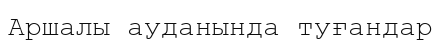
Аршалы ауданында туғандар